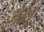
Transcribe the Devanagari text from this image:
ज़ेशु